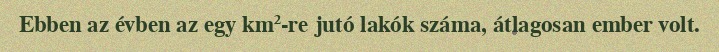
Ebben az évben az egy km²-re jutó lakók száma, átlagosan ember volt.